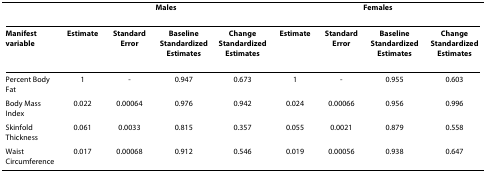
<table><thead><tr><td></td><td colspan="4"><b>Males</b></td><td colspan="4"><b>Females</b></td></tr></thead><tbody><tr><td><b>Manifest variable</b></td><td><b>Estimate</b></td><td><b>Standard Error</b></td><td><b>Baseline Standardized Estimates</b></td><td><b>Change Standardized Estimates</b></td><td><b>Estimate</b></td><td><b>Standard Error</b></td><td><b>Baseline Standardized Estimates</b></td><td><b>Change Standardized Estimates</b></td></tr><tr><td>Percent Body Fat</td><td>1</td><td>-</td><td>0.947</td><td>0.673</td><td>1</td><td>-</td><td>0.955</td><td>0.603</td></tr><tr><td>Body Mass Index</td><td>0.022</td><td>0.00064</td><td>0.976</td><td>0.942</td><td>0.024</td><td>0.00066</td><td>0.956</td><td>0.996</td></tr><tr><td>Skinfold Thickness</td><td>0.061</td><td>0.0033</td><td>0.815</td><td>0.357</td><td>0.055</td><td>0.0021</td><td>0.879</td><td>0.558</td></tr><tr><td>Waist Circumference</td><td>0.017</td><td>0.00068</td><td>0.912</td><td>0.546</td><td>0.019</td><td>0.00056</td><td>0.938</td><td>0.647</td></tr></tbody></table>